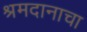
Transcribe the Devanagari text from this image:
श्रमदानाचा